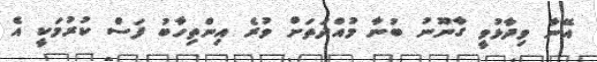
އޭނާ ވިދާޅުވީ ގާނޫނު ބުނާ މުއްދަތަށް ވުރެ އިންތިހާބު ފަސް ކުރުމަކީ އެ